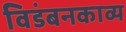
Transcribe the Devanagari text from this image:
विडंबनकाव्य